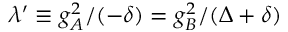
\lambda ^ { \prime } \equiv g _ { A } ^ { 2 } / ( - \delta ) = g _ { B } ^ { 2 } / ( \Delta + \delta )